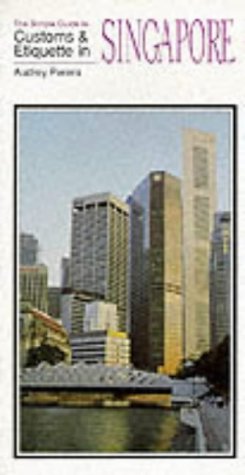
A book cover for The Simple Guide to Customs and Etiquette in Singapore (Simple Guides Customs and Etiquette); Audrey Perera; Travel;